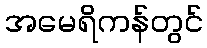
အမေရိကန်တွင်